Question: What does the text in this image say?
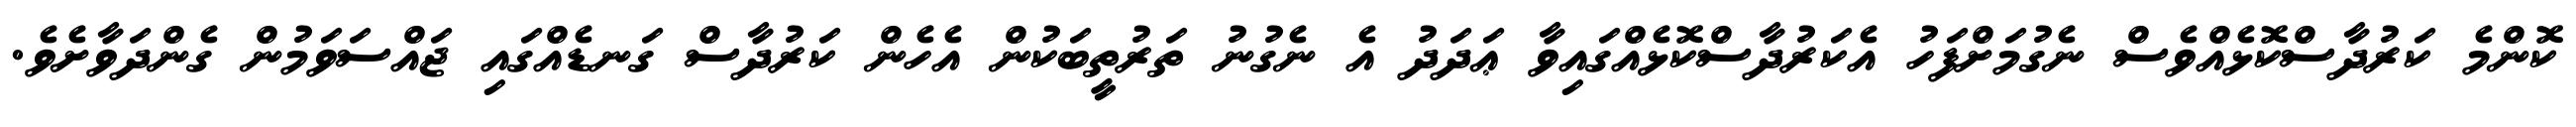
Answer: ކޮންމެ ކަރުދާސްކޮޅެއްވެސް ނެގުމަށްފަހު އެކަރުދާސްކޮޅެއްގައިވާ ޢަދަދު އެ ނެގުނު ތަރުތީބަކުން އެހެން ކަރުދާސް ގަނޑެއްގައި ޖައްސަވަމުން ގެންދަވާށެވެ.